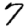
Digit: 7